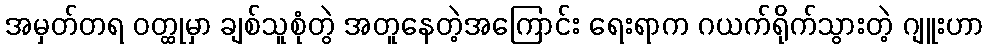
အမှတ်တရ ဝတ္ထုမှာ ချစ်သူစုံတွဲ အတူနေတဲ့အကြောင်း ရေးရာက ဂယက်ရိုက်သွားတဲ့ ဂျူးဟာ